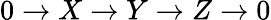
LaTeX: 0\rightarrow X\rightarrow Y\rightarrow Z\rightarrow 0